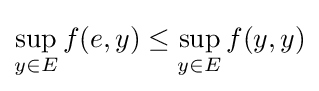
\sup _{y\in E}f(e,y)\leq \sup _{y\in E}f(y,y)